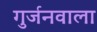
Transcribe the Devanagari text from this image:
गुर्जनवाला